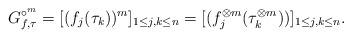
LaTeX: \begin{align*}G_{f,\tau}^{\circ^m}=[(f_j(\tau_k))^m]_{1\leq j,k \leq n}=[(f_j^{\otimes m}(\tau^{\otimes m}_k))]_{1\leq j,k \leq n}.\end{align*}